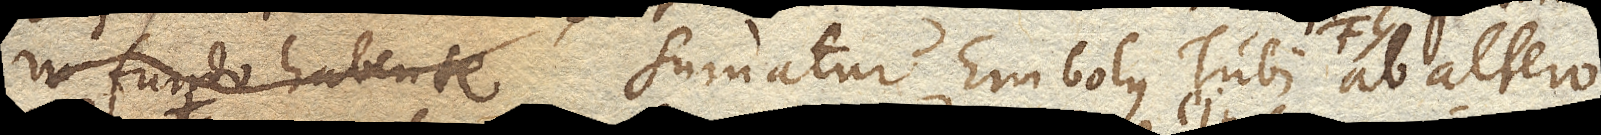
in fundo habente . Sumatur Embolus Tubi FG. ab altero